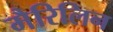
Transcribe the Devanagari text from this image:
मैरिलिन